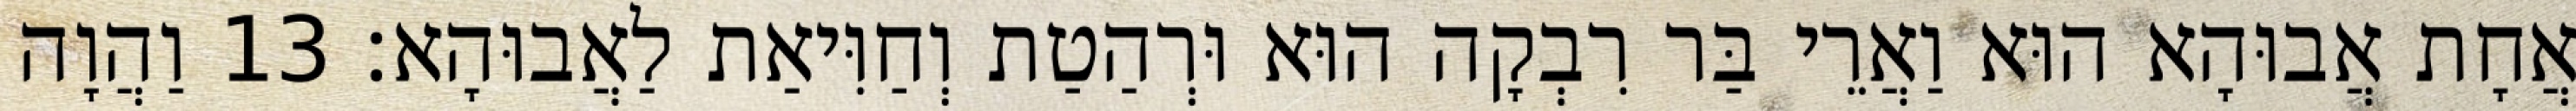
אֲחָת אֲבוּהָא הוּא וַאֲרֵי בַּר רִבְקָה הוּא וּרְהַטַת וְחַוִּיאַת לַאֲבוּהָא׃ 13 וַהֲוָה